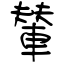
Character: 輦